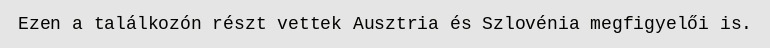
Ezen a találkozón részt vettek Ausztria és Szlovénia megfigyelői is.